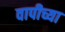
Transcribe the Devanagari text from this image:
वापीच्या